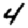
Digit: 4